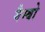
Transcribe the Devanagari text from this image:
मैम्बो